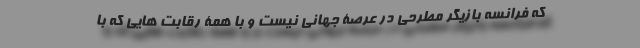
که فرانسه بازیگر مطرحی در عرصۀ جهانی نیست و با همۀ رقابت هایی که با